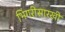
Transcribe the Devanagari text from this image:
भिंगरीसारखी